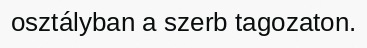
osztályban a szerb tagozaton.